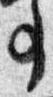
事